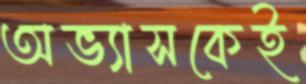
অভ্যাসকেই